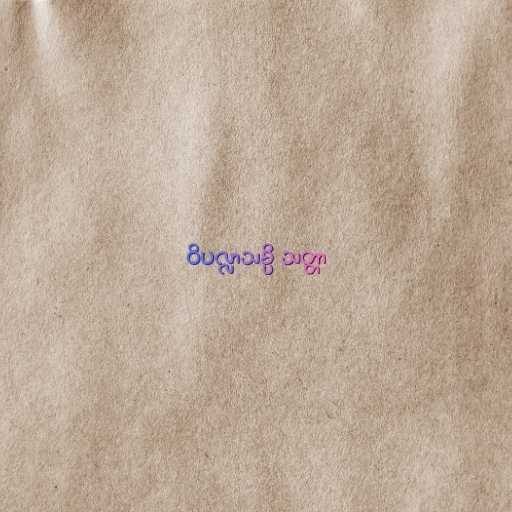
ဝိပလ္လာသမ္ပိ သတ္တာ